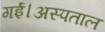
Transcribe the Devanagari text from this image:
गई।अस्पताल